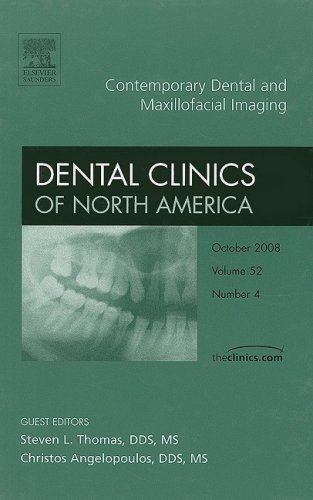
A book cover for Contemporary Dental and Maxillofacial Imaging, An Issue of Dental Clinics, 1e (The Clinics: Dentistry); Steven Thomas; Medical Books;